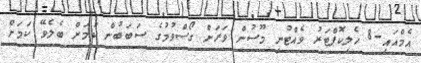
އެމްއައި-8 ހެލިކޮޕްޓަރު ވެއްޓުނީ މޫސުން ވަރަށް ގޯސްވުމުގެ ސަބަބުން ކަމަށް ބެލެވޭ ކަމަށް